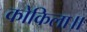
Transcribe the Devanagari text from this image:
कोकिला॥